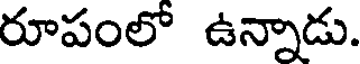
రూపంలో ఉన్నాడు.